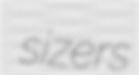
sizers